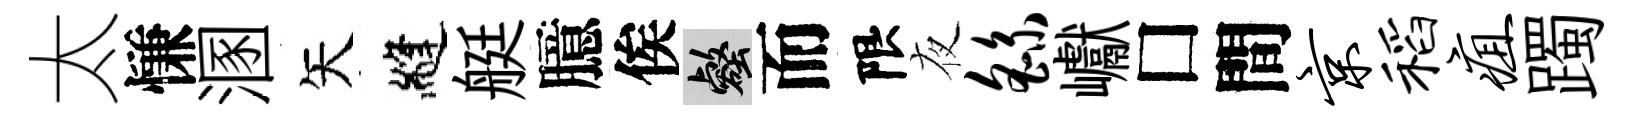
太慊溷矢縫艇臆俟壑而限夜繇巘□間京稻疽躅